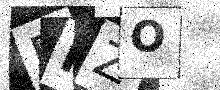
Text: EIZO